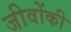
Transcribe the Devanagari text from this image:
जीवोंकी